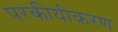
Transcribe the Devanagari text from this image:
परकीयीकरण